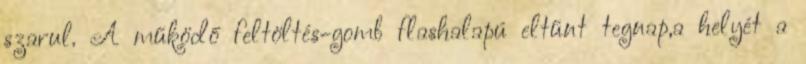
szarul. A működő feltöltés-gomb flashalapú eltűnt tegnap,a helyét a